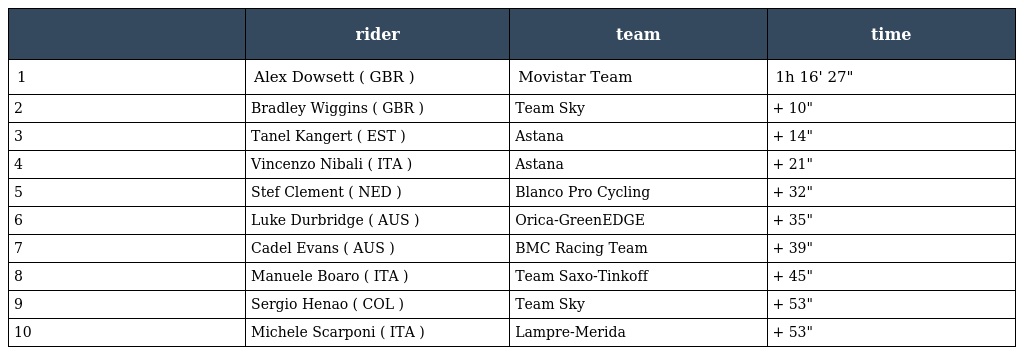
|  | rider | team | time |
 | --- | --- | --- | --- |
 | 1 | Alex Dowsett ( GBR ) | Movistar Team | 1h 16' 27" |
 | 2 | Bradley Wiggins ( GBR ) | Team Sky | + 10" |
 | 3 | Tanel Kangert ( EST ) | Astana | + 14" |
 | 4 | Vincenzo Nibali ( ITA ) | Astana | + 21" |
 | 5 | Stef Clement ( NED ) | Blanco Pro Cycling | + 32" |
 | 6 | Luke Durbridge ( AUS ) | Orica-GreenEDGE | + 35" |
 | 7 | Cadel Evans ( AUS ) | BMC Racing Team | + 39" |
 | 8 | Manuele Boaro ( ITA ) | Team Saxo-Tinkoff | + 45" |
 | 9 | Sergio Henao ( COL ) | Team Sky | + 53" |
 | 10 | Michele Scarponi ( ITA ) | Lampre-Merida | + 53" |